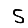
Digit: 5